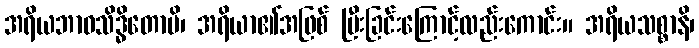
အရိယဘာဝသိဒ္ဓိတောပိ၊ အရိယာ၏အဖြစ် ပြီးခြင်းကြောင့်လည်းကောင်း။ အရိယသစ္စာနိ၊